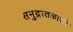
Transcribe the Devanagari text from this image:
समुद्रातळाशी